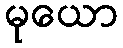
မုယော